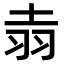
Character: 𫅢